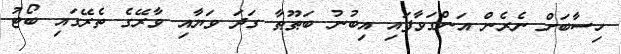
ހިސާބަށް ނެރެން އަންގަވާފައި އިބުނު ބަޠޫޠާ ގަދަ ވަޔާއި ވާރޭގެ ތެރޭގައި ބޯޓު